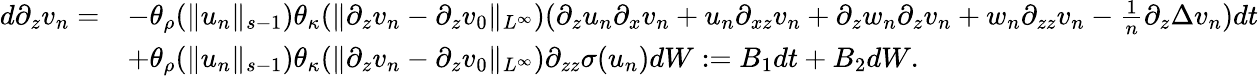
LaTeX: \begin{array}{rl}{d\partial_{z}v_{n}=}&{-\theta_{\rho}(\| u_{n}\| _{s-1})\theta_{\kappa}(\| \partial_{z}v_{n}-\partial_{z}v_{0}\| _{L^{\infty}})(\partial_{z}u_{n}\partial_{x}v_{n}+u_{n}\partial_{xz}v_{n}+\partial_{z}w_{n}\partial_{z}v_{n}+w_{n}\partial_{zz}v_{n}-\frac 1n\partial_{z}\Delta v_{n})dt}\\ &{+\theta_{\rho}(\| u_{n}\| _{s-1})\theta_{\kappa}(\| \partial_{z}v_{n}-\partial_{z}v_{0}\| _{L^{\infty}})\partial_{zz}\sigma(u_{n})dW:=B_{1}dt+B_{2}dW.}\end{array}